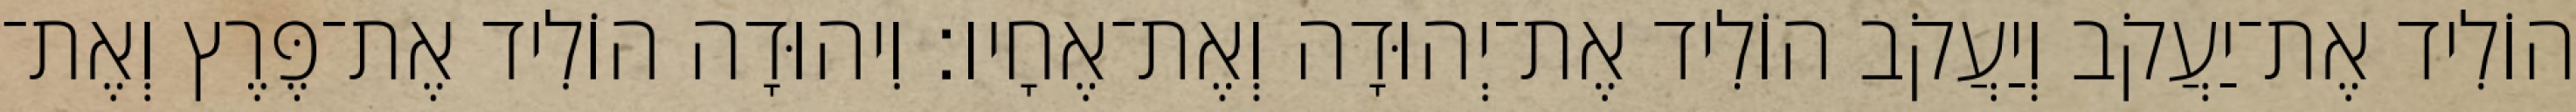
הוֹלִיד אֶת־יַעֲקֹב וְיַעֲקֹב הוֹלִיד אֶת־יְהוּדָה וְאֶת־אֶחָיו׃ וִיהוּדָה הוֹלִיד אֶת־פֶּרֶץ וְאֶת־